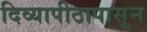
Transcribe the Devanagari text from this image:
दिव्यापीठापासून